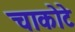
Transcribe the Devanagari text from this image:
चाकोटे